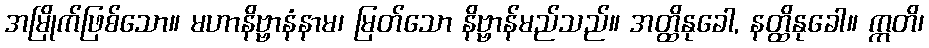
အမြိုက်ဖြစ်သော။ မဟာနိဗ္ဗာနံနာမ၊ မြတ်သော နိဗ္ဗာန်မည်သည်။ အတ္ထိနုခေါ, နတ္ထိနုခေါ။ ဣတိ၊